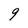
Character: g